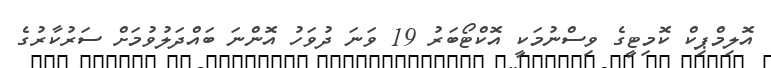
އޮލިމްޕިކް ކޮމިޓީގެ ވިސްނުމަކީ އޮކްޓޯބަރު 19 ވަނަ ދުވަހު އޮންނަ ބައްދަލުވުމަށް ސަރުކާރުގެ